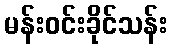
မန်းဝင်းခိုင်သန်း